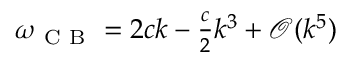
\begin{array} { r } { \omega _ { \mathrm { ~ C ~ B ~ } } = 2 c k - \frac { c } { 2 } k ^ { 3 } + \mathcal { O } ( k ^ { 5 } ) } \end{array}